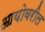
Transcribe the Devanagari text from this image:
आयोवरील